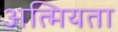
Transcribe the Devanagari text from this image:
अत्मियता